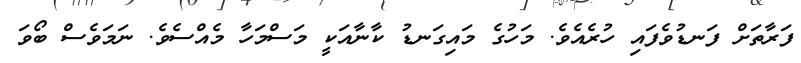
ފަރާތަށް ފަނޑުވެފައި ހުރެއެވެ. މަހުގެ މައިގަނޑު ކާނާއަކީ މަސްމަހާ މެއްސެވެ. ނަމަވެސް ބޯވަ